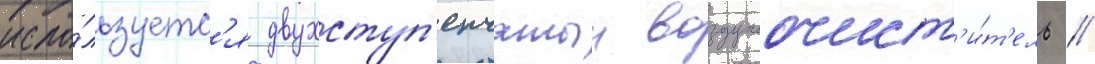
испо́льзуетс'я двухступ'енчатыи воздухоочист'и́т'ель //